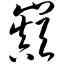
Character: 巅